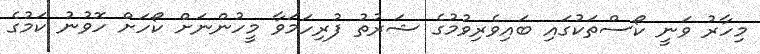
މިހާރު ވަނީ ކޯސްތަކުގައި ބައިވެރިވުމުގެ ޝަރުތު ފުރިހަމަވާ މީހުންނަށް ކޯހަށް ހޮވުނު ކަމުގެ